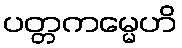
ပတ္တကမ္မေဟိ